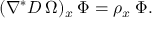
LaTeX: ( \nabla ^ { * } D \: \Omega ) _ { x } \: \Phi = \rho _ { x } \: \Phi .